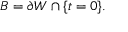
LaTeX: B = \partial W \cap \{ t = 0 \} .